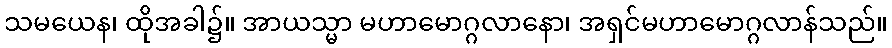
သမယေန၊ ထိုအခါ၌။ အာယသ္မာ မဟာမောဂ္ဂလာနော၊ အရှင်မဟာမောဂ္ဂလာန်သည်။